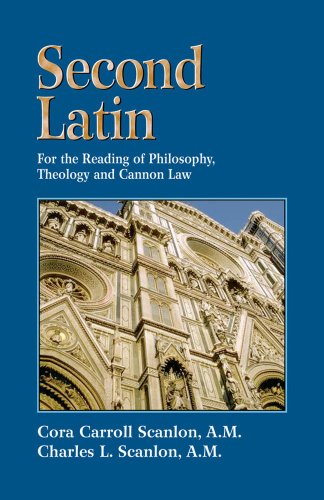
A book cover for Second Latin: Preparation for the Reading of Philosophy, Theology and Canon Law; Cora Carroll Scanlon A.M.; Christian Books & Bibles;